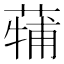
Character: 𮐳